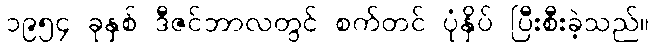
၁၉၅၄ ခုနှစ် ဒီဇင်ဘာလတွင် စက်တင် ပုံနှိပ် ပြီးစီးခဲ့သည်။